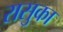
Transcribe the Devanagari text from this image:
रासुका